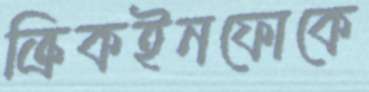
ক্রিকইনফোকে